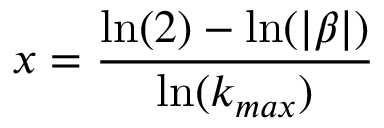
x = \frac { \ln ( 2 ) - \ln ( | \beta | ) } { \ln ( k _ { m a x } ) }